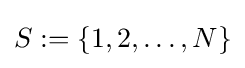
S:=\{1,2,\ldots ,N\}